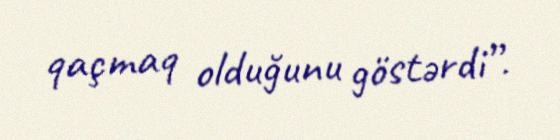
qaçmaq olduğunu göstərdi”.